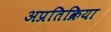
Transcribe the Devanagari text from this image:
अप्रतिक्रिया